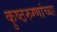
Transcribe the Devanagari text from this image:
कुष्ठरुग्णांच्या